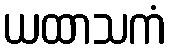
ယထာသကံ